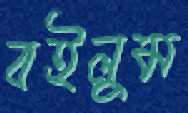
বইলুম